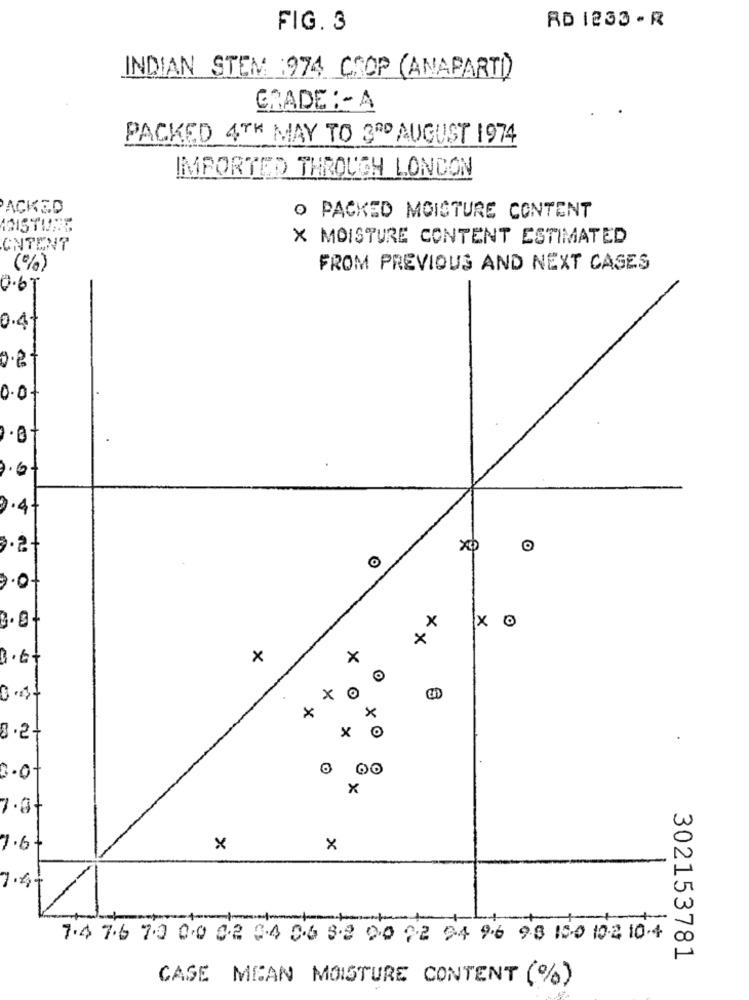
RD 1233 - R
FIG. 3
INDIAN STEM 1974 COOP (ANAPARTI)
GRADE : - A
PACKED 4TH MAY TO 3RD AUGUST 1974
IMPORTED THROUGH LONDON
PACKED
O PACKED MOISTURE CONTENT
MISTURE
X MOISTURE CONTENT ESTIMATED
CNTENT
(%)
FROM PREVIOUS AND NEXT CASES
0.67
0.41
0.2.
0.0
7.6
3.4
x
X O
3.01
x
xx
3.6.
×
×
XO
X
×
x
8.27
x
0.0
x
7.61
x
x
7.4
+
7.4 7.6 7.0 0.0 8.2 0-4 0-6 3.2 90 22 94 96 98 100 102 10-4
302153781
CASE MEAN MOISTURE CONTENT (%)